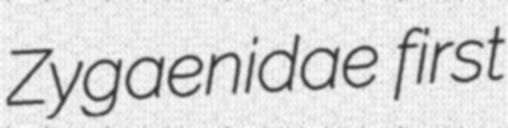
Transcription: Zygaenidae first